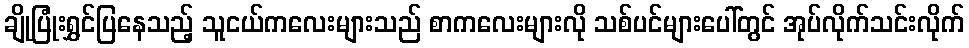
ချိုပြုံးရွှင်ပြနေသည့် သူငယ်ကလေးများသည် စာကလေးများလို သစ်ပင်များပေါ်တွင် အုပ်လိုက်သင်းလိုက်